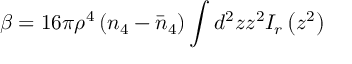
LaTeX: \beta = 1 6 \pi \rho ^ { 4 } \left( n _ { 4 } - \bar { n } _ { 4 } \right) \int d ^ { 2 } z z ^ { 2 } I _ { r } \left( z ^ { 2 } \right)